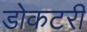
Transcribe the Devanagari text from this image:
डोकटरी